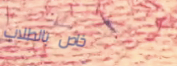
خاص بالطلاب